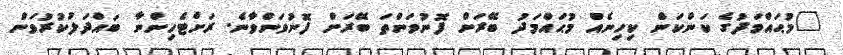
"މުޙައްމަދުގެ ކަންކަން ކިހިނެއް މުޙައްމަދު ބޭރަށް ފޮނުވަންތަ ބޭރަށް ފޮނުވަންވާނެ. ރަށްޓެހިންނާ ބައްދަލުކުރުވަން